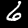
Digit: 6